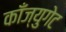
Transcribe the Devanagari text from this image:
काँज्युगेट